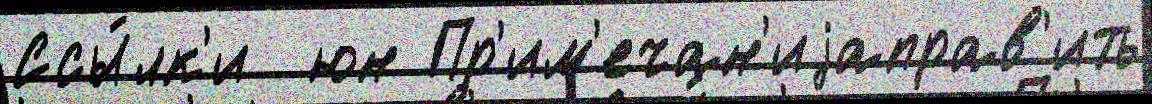
Ссы́лк'и  юн Пр'им'ечан'иjаправ'ить